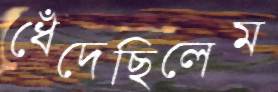
ধেঁদেছিলেম